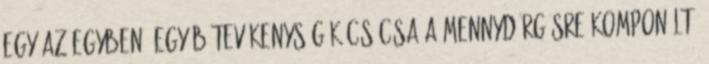
egy az egyben, egyéb tevékenységük csúcsa a mennydörgésre komponált,